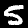
Digit: 5